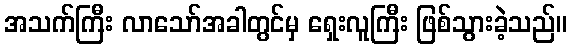
အသက်ကြီး လာသော်အခါတွင်မှ ရှေးလူကြီး ဖြစ်သွားခဲ့သည်။